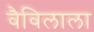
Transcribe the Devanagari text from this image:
वैविलाला